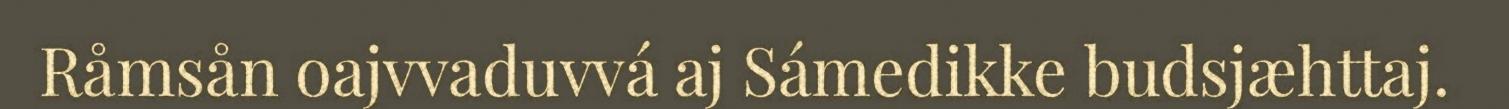
Råmsån oajvvaduvvá aj Sámedikke budsjæhttaj.